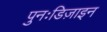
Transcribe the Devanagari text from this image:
पुनःडिज़ाइन